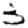
Digit: 3